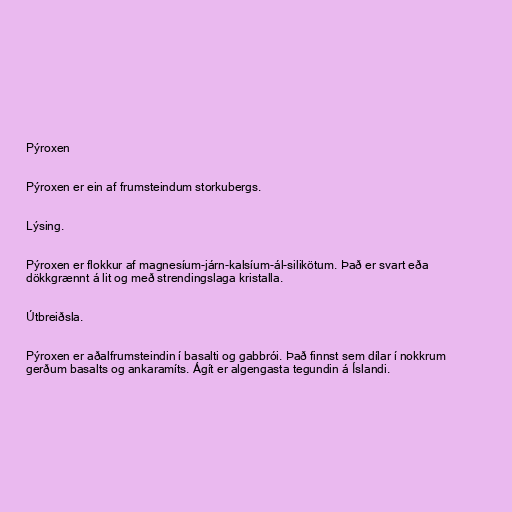
Pýroxen

Pýroxen er ein af frumsteindum storkubergs.

Lýsing.

Pýroxen er flokkur af magnesíum-járn-kalsíum-ál-silikötum. Það er svart eða
dökkgrænnt á lit og með strendingslaga kristalla.

Útbreiðsla.

Pýroxen er aðalfrumsteindin í basalti og gabbrói. Það finnst sem dílar í nokkrum
gerðum basalts og ankaramíts. Ágít er algengasta tegundin á Íslandi.